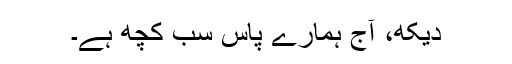
دیکھ، آج ہمارے پاس سب کچھ ہے۔